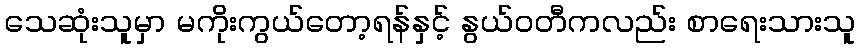
သေဆုံးသူမှာ မကိုးကွယ်တော့ရန်နှင့် နွယ်ဝတီကလည်း စာရေးသားသူ